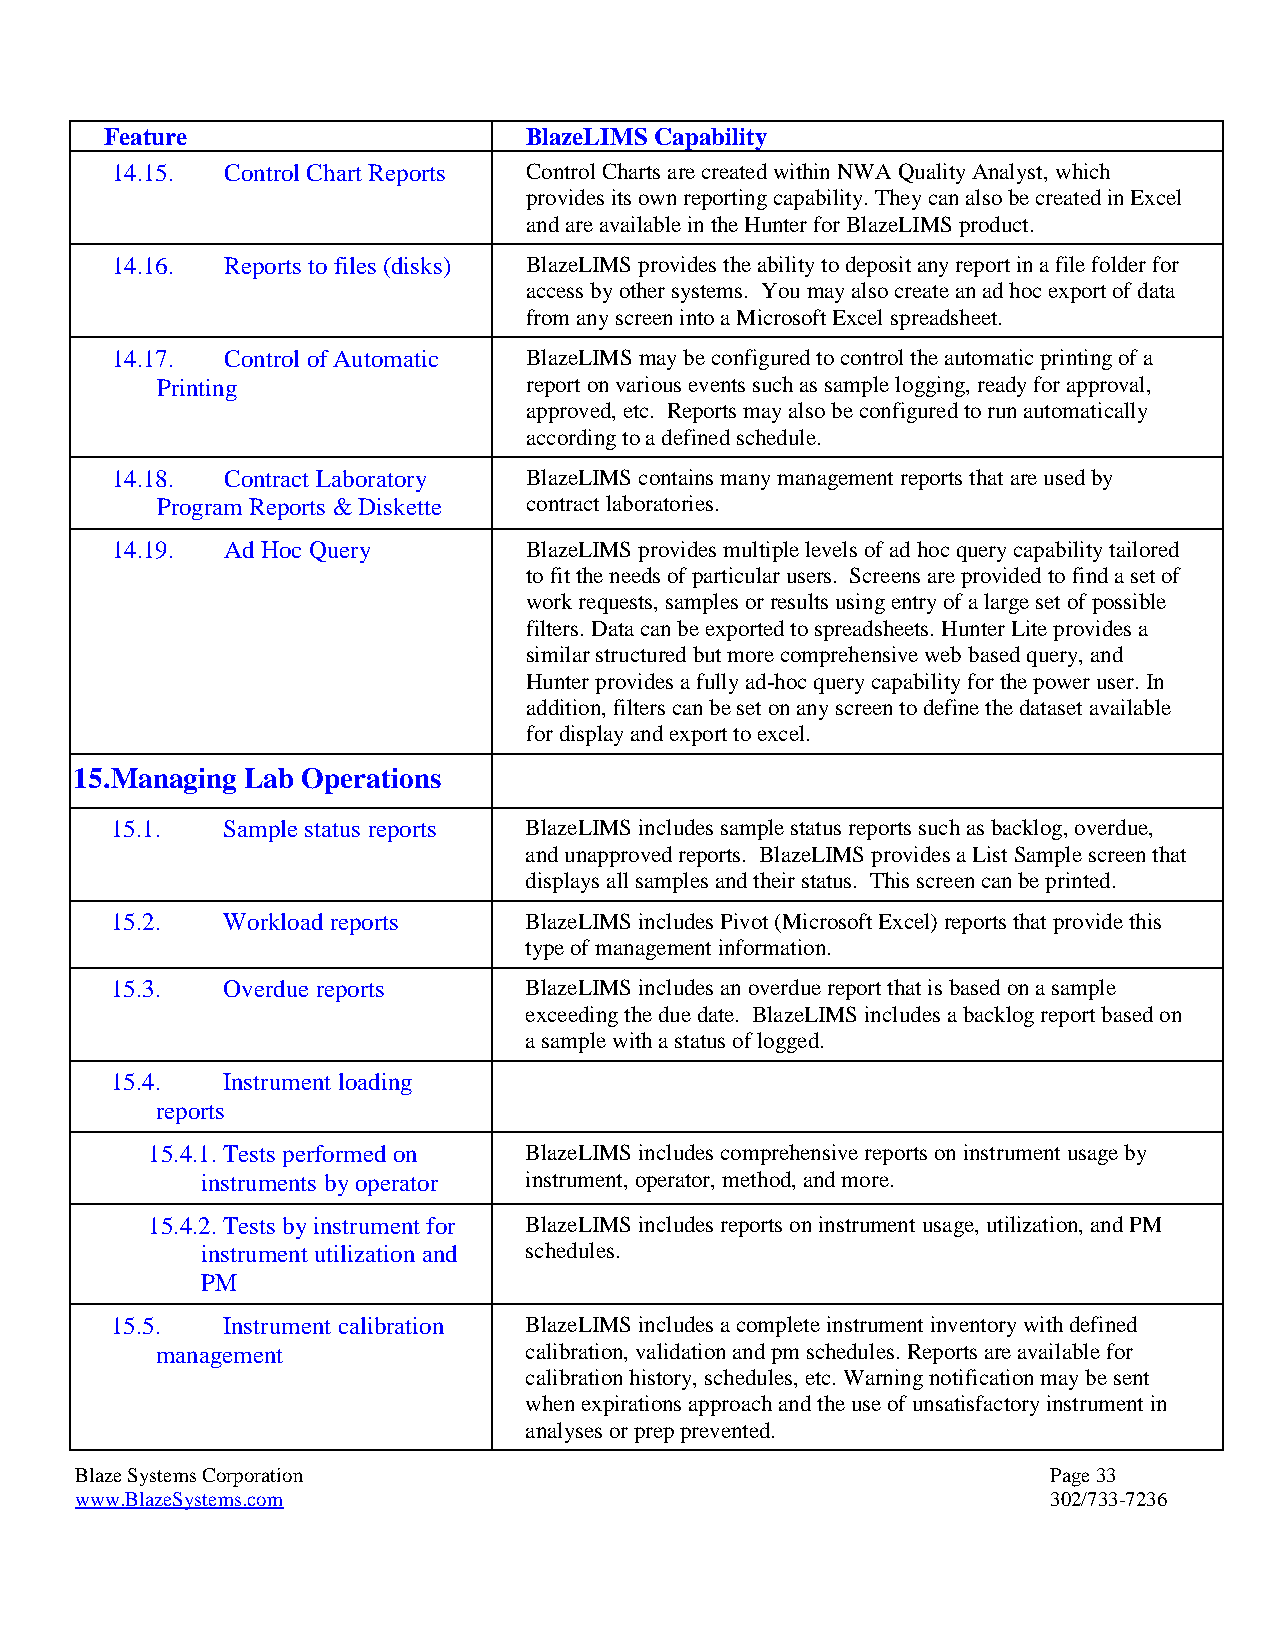
Feature                     BlazeLIMS Capability
 14.15.  Control Chart Reports Control Charts are created within NWA Quality Analyst, which
 provides its own reporting capability. They can also be created in Excel
 and are available in the Hunter for BlazeLIMS product.
 14.16.  Reports to files (disks) BlazeLIMS provides the ability to deposit any report in a file folder for
 access by other systems. You may also create an ad hoc export of data
 from any screen into a Microsoft Excel spreadsheet.
 14.17.  Control of Automatic BlazeLIMS may be configured to control the automatic printing of a
 Printing                 report on various events such as sample logging, ready for approval,
 approved, etc. Reports may also be configured to run automatically
 according to a defined schedule.
 14.18.  Contract Laboratory BlazeLIMS contains many management reports that are used by
 Program Reports & Diskette contract laboratories.
 14.19.  Ad Hoc Query        BlazeLIMS provides multiple levels of ad hoc query capability tailored
 to fit the needs of particular users. Screens are provided to find a set of
 work requests, samples or results using entry of a large set of possible
 filters. Data can be exported to spreadsheets. Hunter Lite provides a
 similar structured but more comprehensive web based query, and
 Hunter provides a fully ad-hoc query capability for the power user. In
 addition, filters can be set on any screen to define the dataset available
 for display and export to excel.
 15. Managing Lab Operations
 15.1.   Sample status reports BlazeLIMS includes sample status reports such as backlog, overdue,
 and unapproved reports. BlazeLIMS provides a List Sample screen that
 displays all samples and their status. This screen can be printed.
 15.2.   Workload reports    BlazeLIMS includes Pivot (Microsoft Excel) reports that provide this
 type of management information.
 15.3.   Overdue reports     BlazeLIMS includes an overdue report that is based on a sample
 exceeding the due date. BlazeLIMS includes a backlog report based on
 a sample with a status of logged.
 15.4.   Instrument loading
 reports
 15.4.1. Tests performed on BlazeLIMS includes comprehensive reports on instrument usage by
 instruments by operator instrument, operator, method, and more.
 15.4.2. Tests by instrument for BlazeLIMS includes reports on instrument usage, utilization, and PM
 instrument utilization and schedules.
 PM
 15.5.   Instrument calibration BlazeLIMS includes a complete instrument inventory with defined
 management               calibration, validation and pm schedules. Reports are available for
 calibration history, schedules, etc. Warning notification may be sent
 when expirations approach and the use of unsatisfactory instrument in
 analyses or prep prevented.
 Blaze Systems Corporation                                        Page 33
 www.BlazeSystems.com                                             302/733-7236